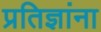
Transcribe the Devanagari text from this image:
प्रतिज्ञांना